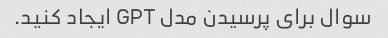
سوال برای پرسیدن مدل GPT ایجاد کنید.